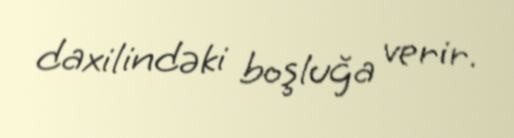
daxilindəki boşluğa verir.